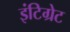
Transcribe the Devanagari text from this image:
इंटिग्रेट